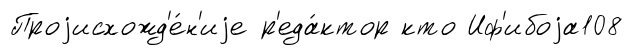
Проjисхожд'е́н'иjе р'еда́ктор кто Иф'ибоjа108